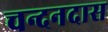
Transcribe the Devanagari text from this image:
चन्दनदास